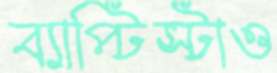
ব্যাপ্টিস্টাও